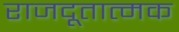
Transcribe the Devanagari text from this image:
राजदूतात्मक